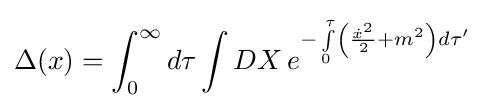
\Delta (x)=\int _{0}^{\infty }d\tau \int DX\,e^{-\int \limits _{0}^{\tau }\left({\frac {{\dot {x}}^{2}}{2}}+m^{2}\right)d\tau '}